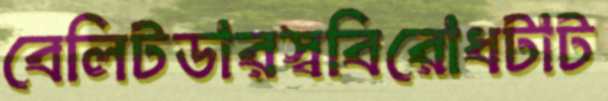
বেলিটডারস্ববিরোধটাট